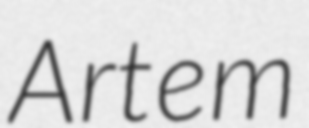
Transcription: Artem